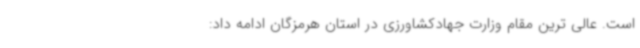
است. عالی ترین مقام وزارت جهادکشاورزی در استان هرمزگان ادامه داد: